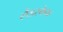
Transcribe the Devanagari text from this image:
लैंडस्केफ